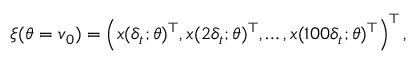
\ensuremath { \boldsymbol { \xi } } ( \theta = \ensuremath { \boldsymbol { v } } _ { 0 } ) = \left( \ensuremath { \boldsymbol { x } } ( \delta _ { t } ; \theta ) ^ { \top } , \ensuremath { \boldsymbol { x } } ( 2 \delta _ { t } ; \theta ) ^ { \top } , \dots , \ensuremath { \boldsymbol { x } } ( 1 0 0 \delta _ { t } ; \theta ) ^ { \top } \right) ^ { \top } ,